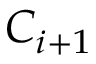
C _ { i + 1 }